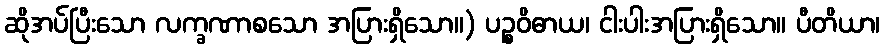
ဆိုအပ်ပြီးသော လက္ခဏာစသော အပြားရှိသော။) ပဉ္စဝိဓာယ၊ ငါးပါးအပြားရှိသော။ ပီတိယာ၊